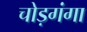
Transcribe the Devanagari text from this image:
चोड़गंगा